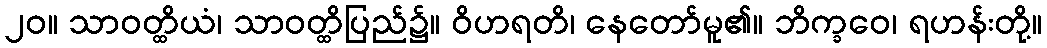
၂၀။ သာဝတ္ထိယံ၊ သာဝတ္ထိပြည်၌။ ဝိဟရတိ၊ နေတော်မူ၏။ ဘိက္ခဝေ၊ ရဟန်းတို့။